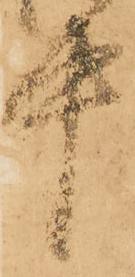
中